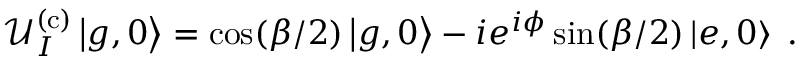
\mathcal { U } _ { I } ^ { \mathrm { ( c ) } } \left| g , 0 \right\rangle = \cos ( \beta / 2 ) \left| g , 0 \right\rangle - i e ^ { i \phi } \sin ( \beta / 2 ) \left| e , 0 \right\rangle \; .